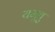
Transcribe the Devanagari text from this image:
यमूतु